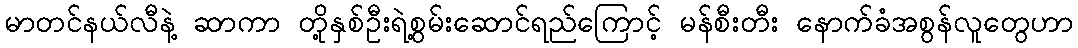
မာတင်နယ်လီနဲ့ ဆာကာ တို့နှစ်ဦးရဲ့စွမ်းဆောင်ရည်ကြောင့် မန်စီးတီး နောက်ခံအစွန်လူတွေဟာ